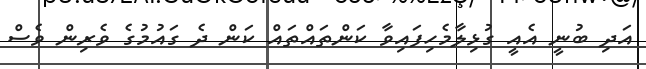
އަދި ބުނީ އެއީ ގުޅިލާމެހިފައިވާ ކަންތައްތައް ކަން ދެ ގައުމުގެ ވެރިން ވެސް